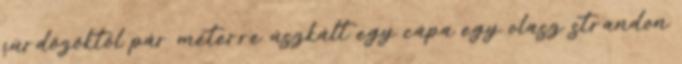
fürdőzőktől pár méterre úszkált egy cápa egy olasz strandon